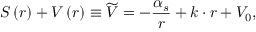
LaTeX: S \left( r \right) + V \left( r \right) \equiv \widetilde { V } = - \frac { \alpha _ { s } } r + k \cdot r + V _ { 0 } ,